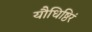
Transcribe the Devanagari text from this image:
यौधिष्ठिरं